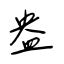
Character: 盎